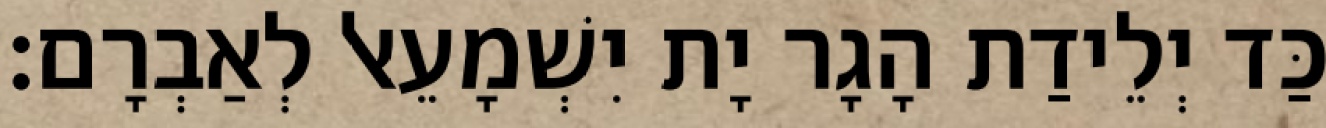
כַּד יְלֵידַת הָגָר יָת יִשְׁמָעֵאל לְאַבְרָם׃